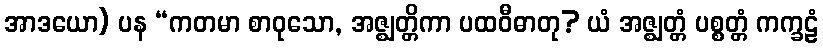
အာဒယော) ပန “ကတမာ စာဝုသော, အဇ္ဈတ္တိကာ ပထဝီဓာတု? ယံ အဇ္ဈတ္တံ ပစ္စတ္တံ ကက္ခဠံ